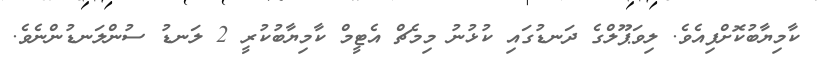
ކާމިޔާބުކޮށްފިއެވެ. ލިވަޕޫލްގެ ދަނޑުގައި ކުޅުނު މިމެޗް އެޓީމް ކާމިޔާބުކުރީ 2 ލަނޑު ސުންލަނޑުންނެވެ.